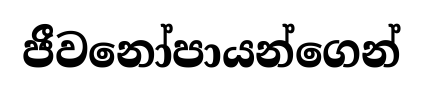
ජීවනෝපායන්ගෙන්